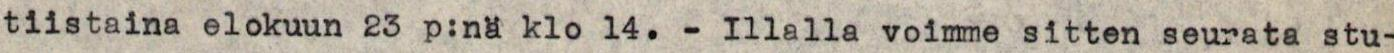
tiistaina elokuun 23 p:nä klo 14. - Illalla voimme sitten seurata stu-